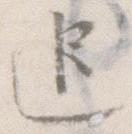
追